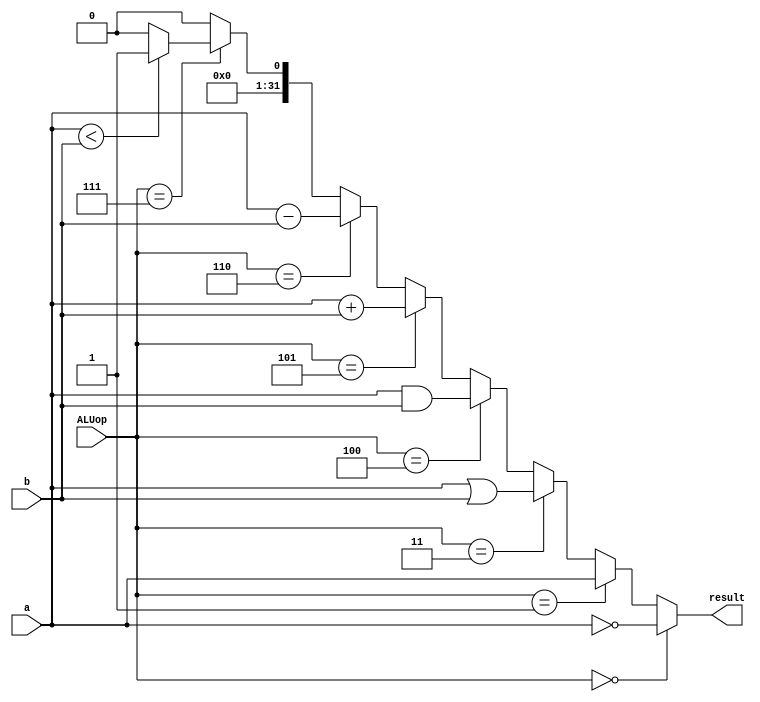
`timescale 1ns / 1ps
//////////////////////////////////////////////////////////////////////////////////
// Company: 
// Engineer: 
// 
// Design Name: 
// Module Name: ALU
// Project Name: 
// Target Devices: 
// Tool Versions: 
// Description: 
// 
// Dependencies: 
// 
// Revision:
// Revision 0.01 - File Created
// Additional Comments:
// 
//////////////////////////////////////////////////////////////////////////////////


module ALU(result,a,b,ALUop); 
output [31:0] result;
input [31:0] a,b;
input [2:0]ALUop; 
wire [31:0]sum, diff, and_out, or_out, not_out;
wire slt_out;

assign sum = a+b;
assign diff = a-b;
assign and_out = a&b; 
assign or_out = a|b; 
assign not_out = ~a; 
assign slt_out = (a<b)? 1:0;

assign result = (ALUop == 3'b000)? not_out:
 (ALUop == 3'b001)? a:
 (ALUop == 3'b011)? or_out:
 (ALUop == 3'b100)? and_out:
 (ALUop == 3'b101)? sum:
 (ALUop == 3'b110)? diff:
 (ALUop == 3'b111)? slt_out:0;

  
endmodule